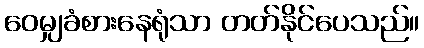
ဝေမျှခံစားနေရုံသာ တတ်နိုင်ပေသည်။